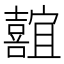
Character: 𪢢